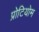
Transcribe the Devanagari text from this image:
प्रोटियोम